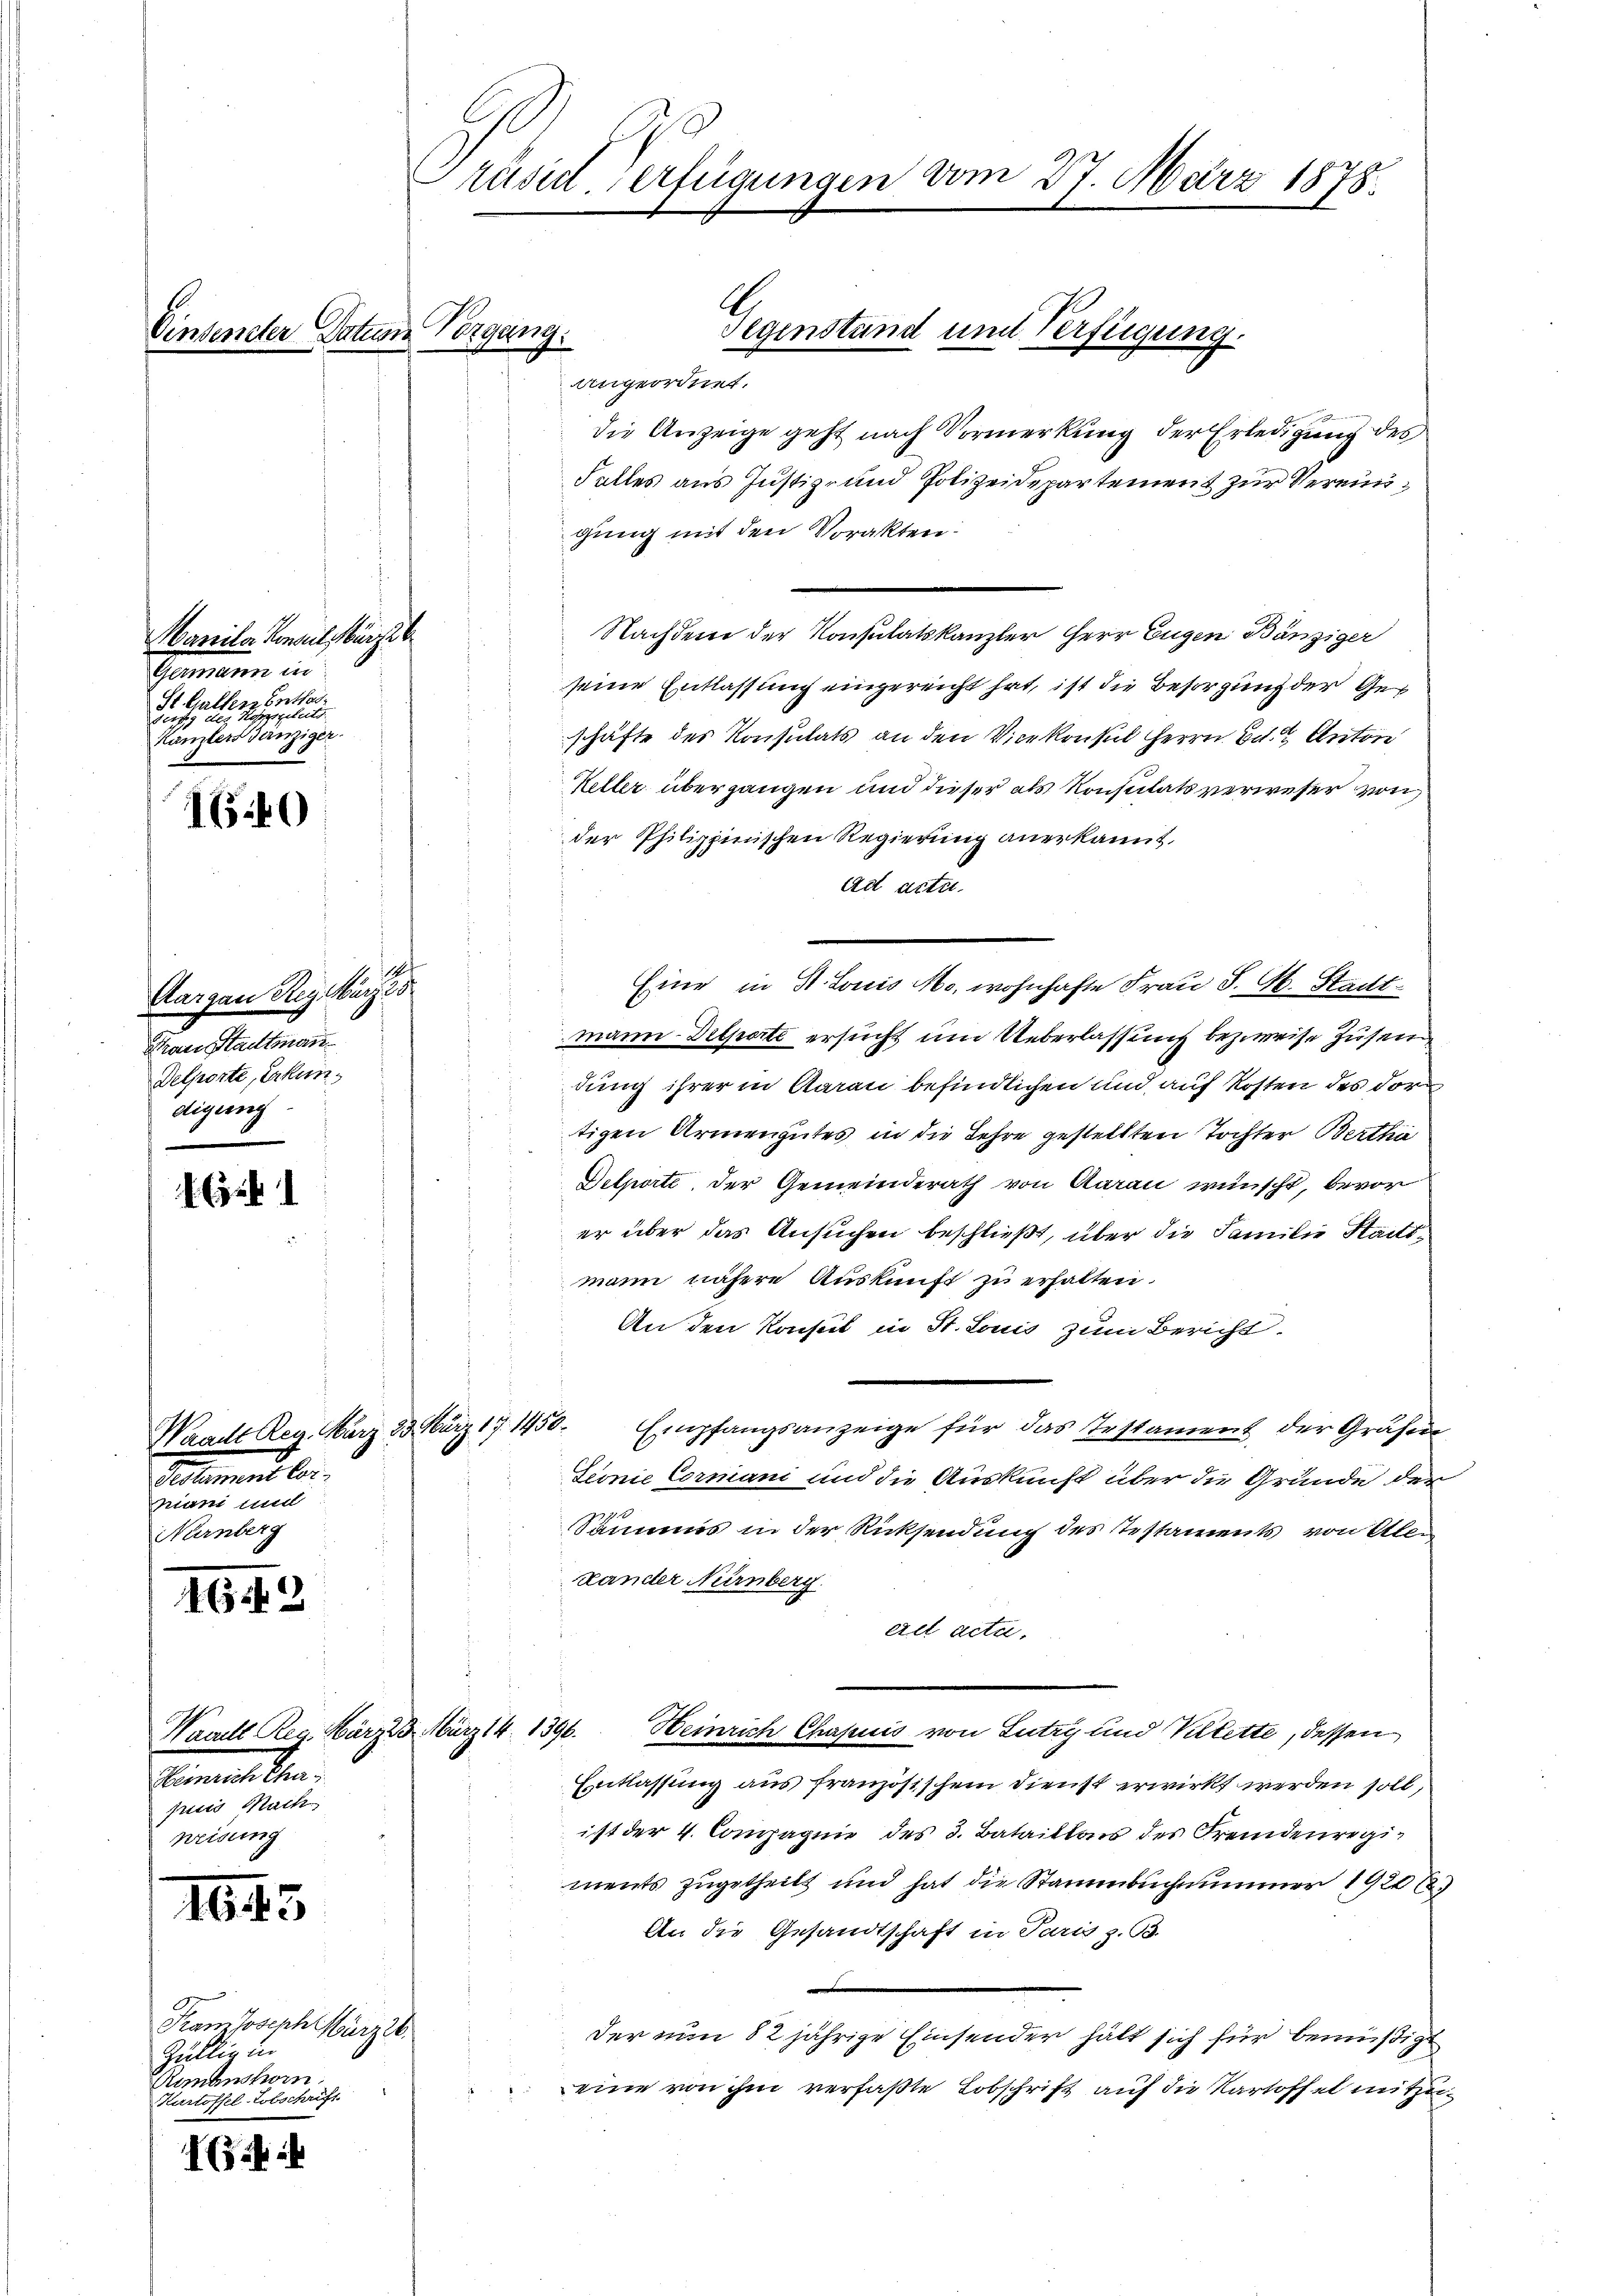
Manila Konseil erze
Gemein in
St. Gallen Enthes.
eise er einen eine eine eine
Kanzlers Tänziger.

165 f

e
Aargau Rey März 18
Frau Stadtmann
Delporte, Erkundigung

. C

162

Heinrich Char
puis Nach
weisung

1645

Fram Joseph März 22.
Zull in
Raubenshorn.
Kartoffel-Lotschrift

1

Einsender Datum Vorgang.

Präsil-Verfügungen vom 27. März 1878.

Pestament bei
miani und
Nürnberg

E
Segenstand und Verfügung.

die Anzeige geht nach Vormerkung der Erledigung des
Falles aus Justiz- und Polizeidepartement zur Vereinigung mit den Vorakten.
Nachdem der Konsulatskanzler Herr Eugen Bänziger
seine Entlassung eingereicht hat, ist die Besorgung der Geschäfte des Konsulats an den Vicekonsul Herrn Dr. Anton
Keller übergangen und dieser als Konsulats verweser von
der Philippinischen Regierung anerkannt.
ad acta.
Eine in St. Louis Mo. wohnhafte Frau P. M. Stadt
mann Delporte ersucht um Ueberlassung bezweise Zusen
dung ihrer in Aarau befindlichen und auf Kosten des dor
tigen Armengutes in die Lehre gestellten Tochter Bertha
Delporte, der Gemeinderath von Aarau wünscht, bevor
er über das Ansuchen beschließt, über die Familie Stattmann nähere Auskunft zu erhalten.
An den Konsul in St. Louis zum Bericht.
Waadt Reg. März 33 März 171450. Empfangsanzeige für das Testament der Grafen
zionie Cormani und die Auskunft über die Gründe der
70
Sammes in der Rücksendung des Testaments von Allen
Hander Nürnberg
ell acta.
Waaill Reg. März 3. März 14. 1396. Heinrich Chapuis von Lutry und Villette, dessen
Entlassung aus französischem Dienst erwirkt werden soll,
ist der 4. Compagnie des 3. Bataillons des Fremdenregiments zugetheilt und hat die Stammbuchnummer 1920 l.
An die Gesandtschaft in Paris z. B.
Der nun 82 jährige Einsender hält sich für bemüßigt
eine von ihm verfaßte Lobschrift auf die Kartoffel mitzu¬

angeordnet.